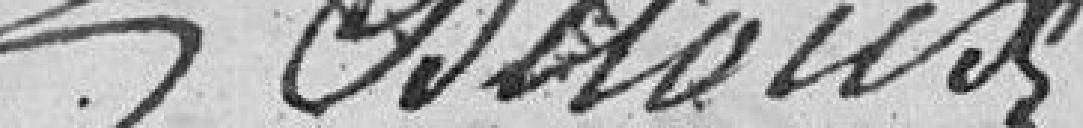
BAVOUX